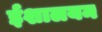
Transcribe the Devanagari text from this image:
ईशालयम